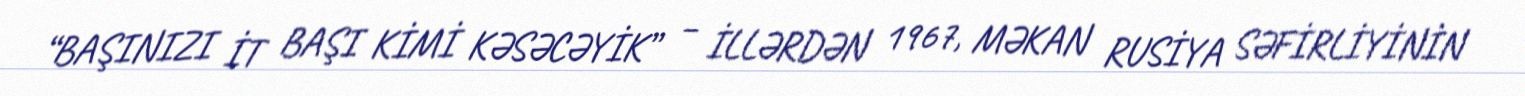
“BAŞINIZI İT BAŞI KİMİ KƏSƏCƏYİK” – İLLƏRDƏN 1967, MƏKAN RUSİYA SƏFİRLİYİNİN